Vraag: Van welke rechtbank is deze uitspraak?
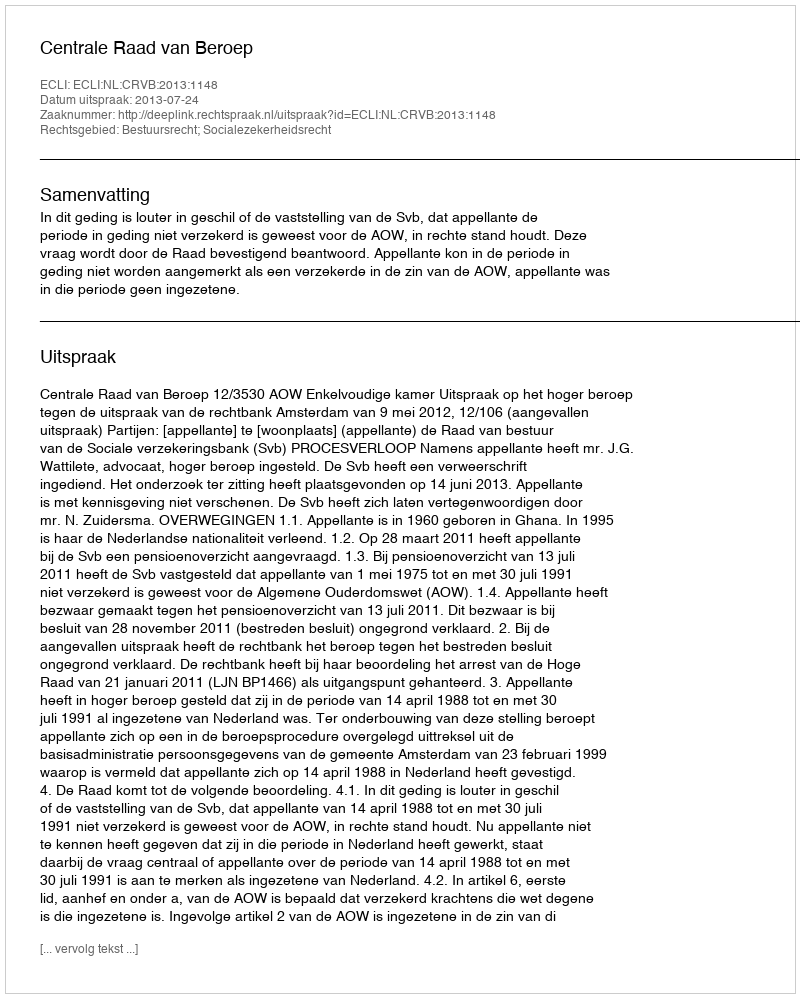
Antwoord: Centrale Raad van Beroep